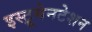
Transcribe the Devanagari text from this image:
इस्ट्रूमेनटेशन